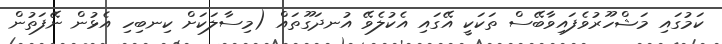
ކަމުގައި މަޝްހޫރުވެފައިވާބޭސް ތަކަކީ އޭގައި އެކުލެވޭ އުނދަގޫތައް (މިސާލަކަށް ކިނބިހި އެޅުން ނޭފަތުން